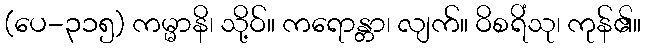
(ပေ-၃၁၅) ကမ္မာနိ၊ သို့ဝ်။ ကရောန္တာ၊ လျက်။ ဝိစရိံသု၊ ကုန်၏။